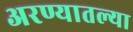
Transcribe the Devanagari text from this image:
अरण्यातल्या